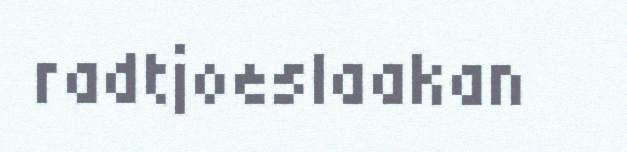
radtjoeslaakan